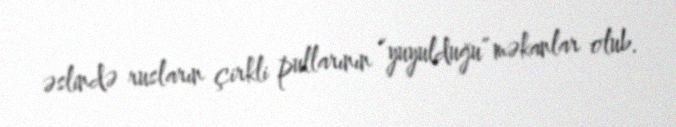
əslində rusların çirkli pullarının “yuyulduğu” məkanlar olub.